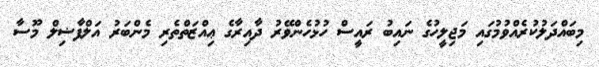
މިބައްދަލުކުރެއްވުމުގައި މަޖިލީހުގެ ނައިބު ރައީސް ހުޅުހެންވޭރު ދާއިރާގެ ޢިއްޒަތްތެރި މެންބަރު އަލްފާޟިލް މޫސާ